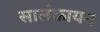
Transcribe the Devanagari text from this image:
सालंकायन